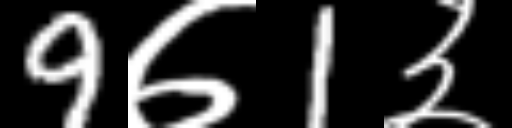
Text: 9७1३